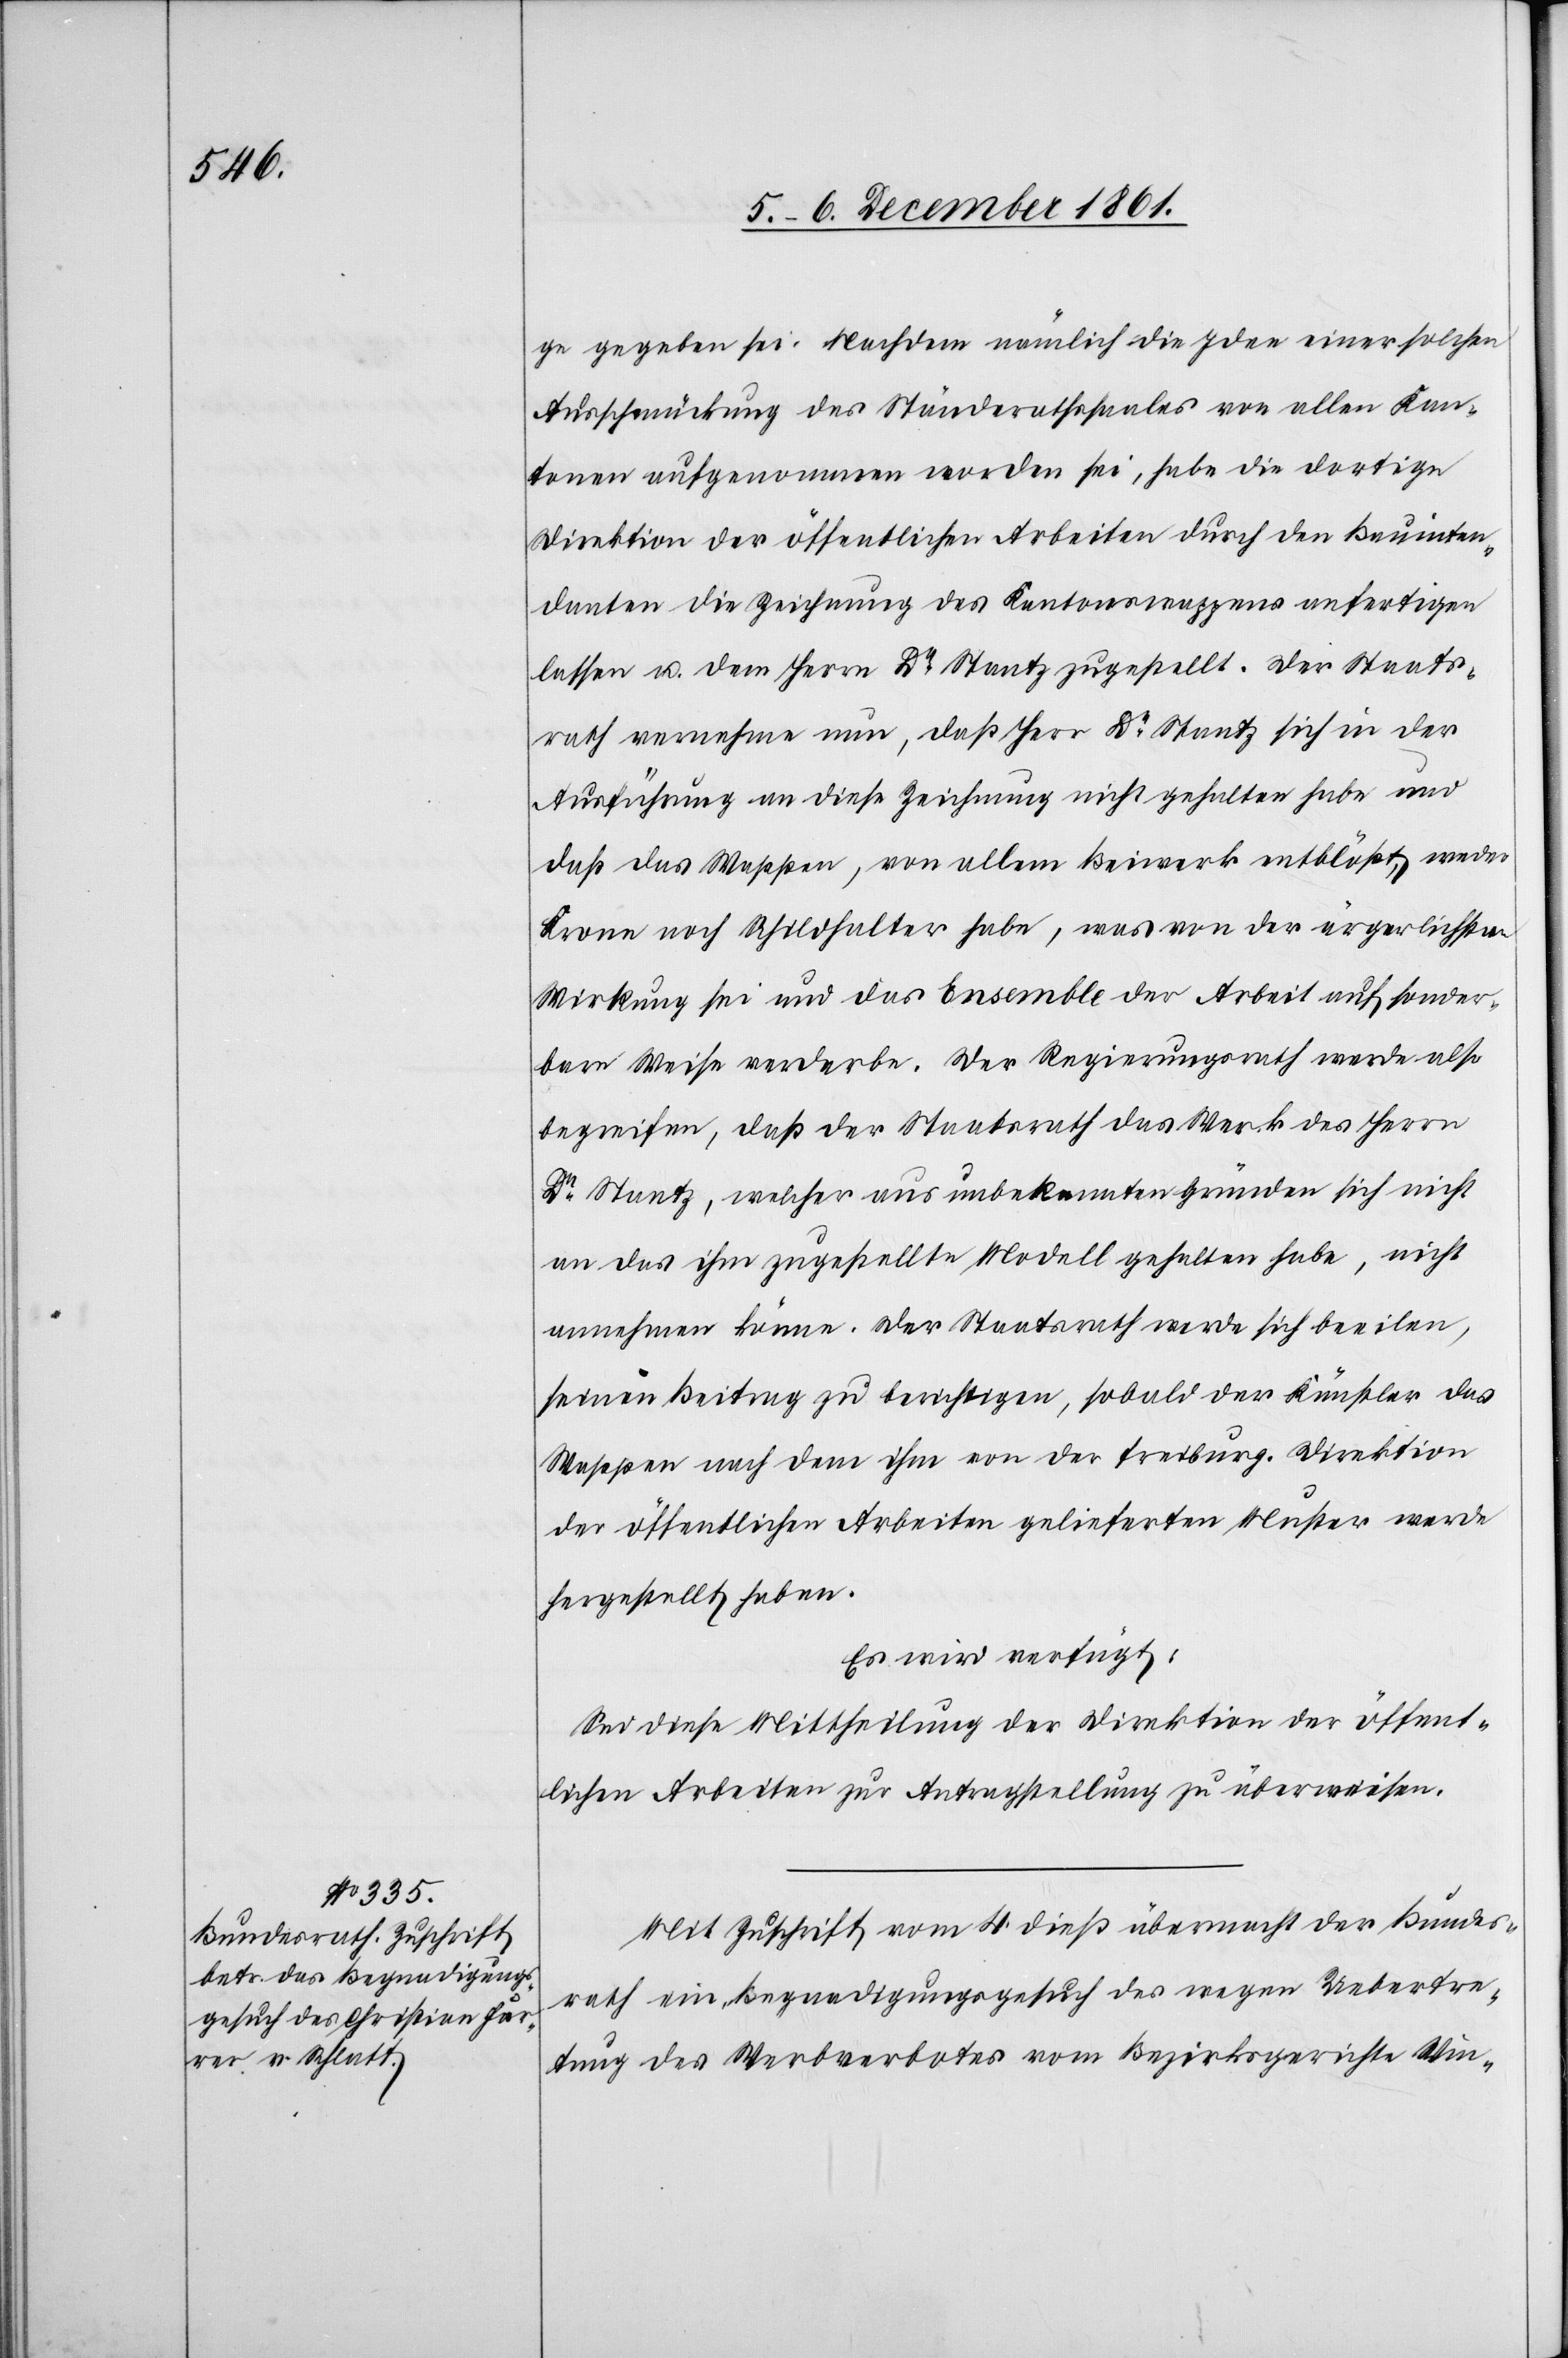
ge gegeben sei. Nachdem nämlich die Idee einer solchen
Ausschmückung des Ständerathssaales von allen Kan¬
tonen aufgenommen worden sei, habe die dortige
Direktion der öffentlichen Arbeiten durch den Bauinten¬
danten die Zeichnung des Kantonswappens anfertigen
lassen u. dem Herrn Dr Stantz zugestellt. Der Staats¬
rath vernehme nun, daß Herr Dr Stantz sich in der
Ausführung an diese Zeichnung nicht gehalten habe und
daß das Wappen, von allem Beimerk entblößt, weder
Krone noch Schildhalter habe, was von der ärgerlichsten
Wirkung sei und das Ensemble der Arbeit auf sonder¬
bare Weise verderbe. Der Regierungsrath werde also
begreifen, daß der Staatsrath das Werk des Herrn
Dr Stantz, welcher aus unbekannten Gründen sich nicht
an das ihm zugestellte Modell gehalten habe, nicht
annehmen könne. Der Staatsrath werde sich beeilen,
seinen Beitrag zu berichtigen, sobald der Künstler das
Wappen nach dem ihm von der Freiburg. Direktion
der öffentlichen Arbeiten gelieferten Muster werde
hergestellt haben.
Es wird verfügt:
Sei diese Mittheilung der Direktion der öffent¬
lichen Arbeiten zur Antragstellung überwiesen.
Mit Zuschrift vom 4 dieß übermacht der Bundes¬
rath ein Begnadigungsgesuch des wegen Uebertre¬
tung des Werbverbotes vom Bezirksgerichte Win-